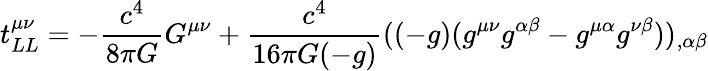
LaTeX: t_{LL}^{\mu\nu}=-{\frac{c^{4}}{8\pi G}}G^{\mu\nu}+{\frac{c^{4}}{16\pi G(-g)}}((-g)(g^{\mu\nu}g^{\alpha\beta}-g^{\mu\alpha}g^{\nu\beta}))_{,\alpha\beta}